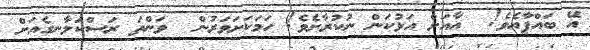
އޭ ބައްޕާއެވެ!  އާއަށް އަޅުކަން ނުކުރާށެވެ! ހަމަކަށަވަރުން  ވަންތަ ރަސްކަލާނގެއަށް